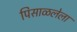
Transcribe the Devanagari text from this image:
पिसाळलेला